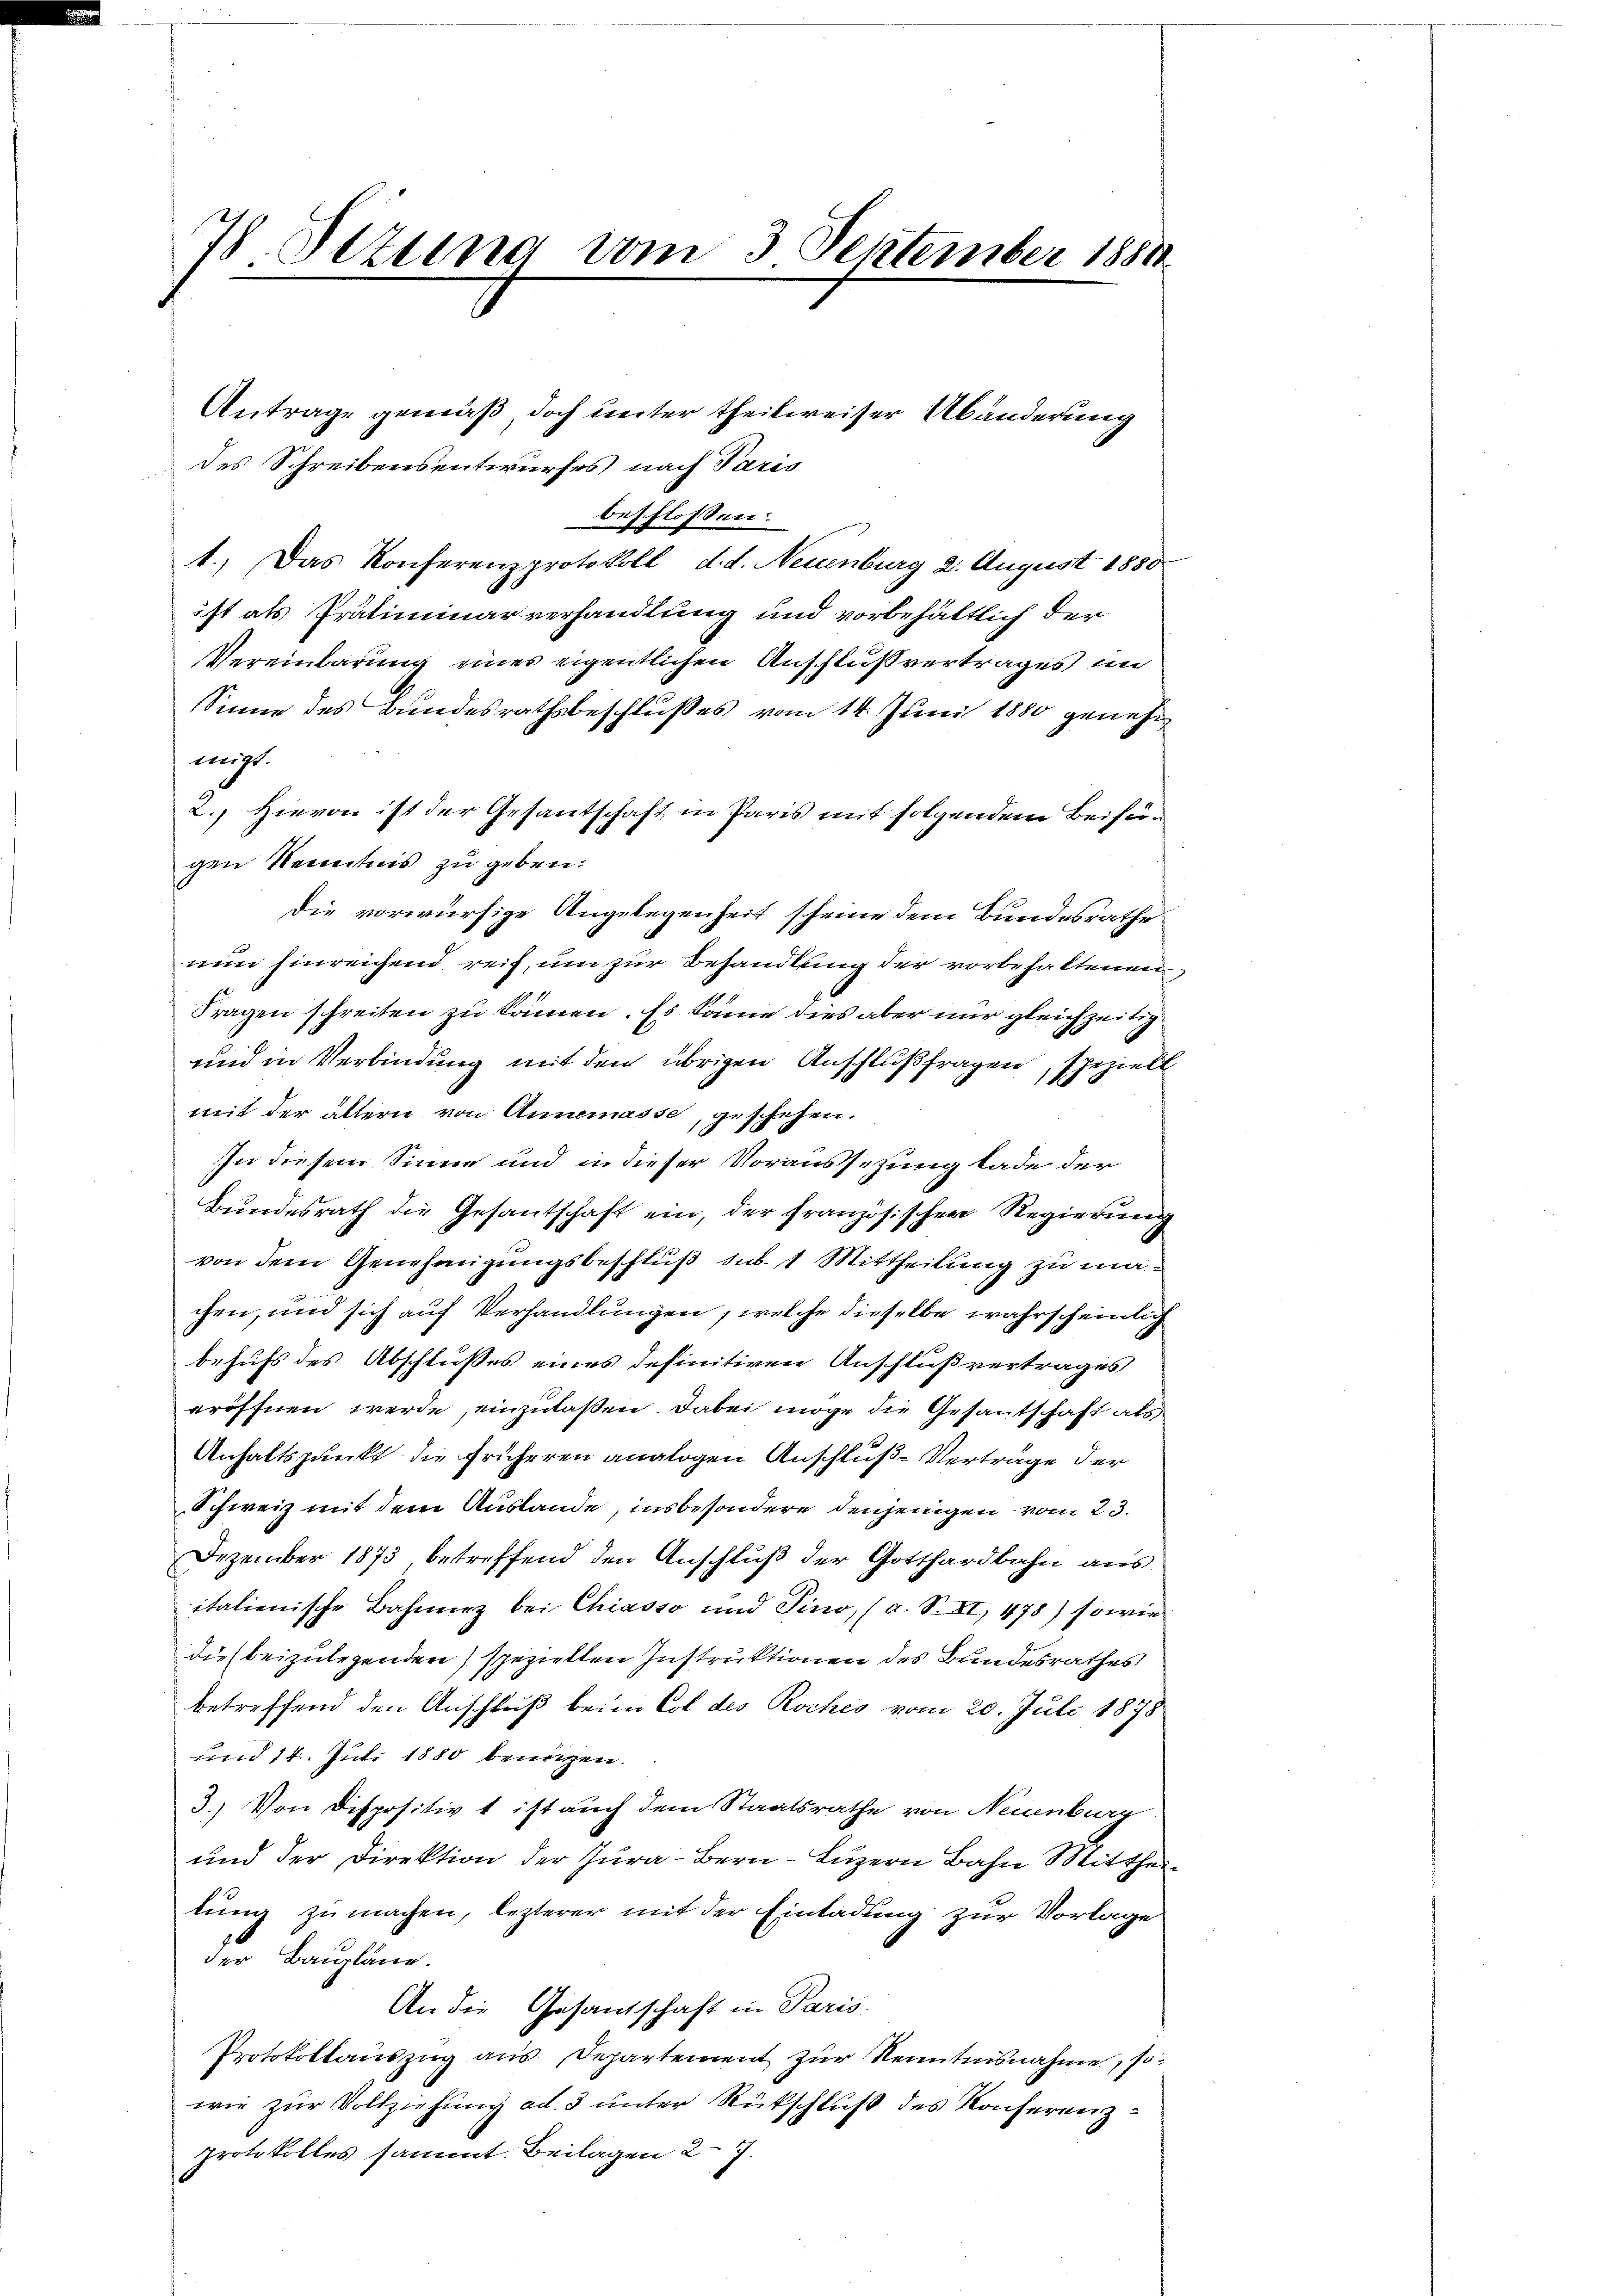
78. Sizung vom 3 September 1884

Antrage gemäß doch unter theilweiser Abänderung
des Schreibensentwurfes nach Paris
beschlossen:
1.) Das Konferenzprotokoll, d. d. Neuenburg 2. August 1850
ist als Präliminarverhandlung und vorbehältlich der
Vereinbarung eines eigentlichen Anschlußvertrages in
Sinne des Bundesrathsbeschlußes vom 14. Juni 1880 genehm
migt.
2. Hievon ist der Gesantschaft in Paris mit folgendem Beifügen Kenntnis zu geben.
die vorwürfige Angelegenheit scheine dem Bundesrathe
nun hinreichend reif, um zur Behandlung der vorbehaltenen
Fragen schreiten zu kämmen. Es könne dies aber nur gleichzeitig
und in Verbindung mit dem übrigen Anschlußfragen, spezielt
mit der ältern von Annemasse, geschehen.
In diesem Sinne und in dieser Voraussezung lade der
Bundesrath die Gesantschaft ein, der französischen Regierung
von dem Genehmigungsbeschluß, sub. 1 Mittheilung zu machen, und sich auf Verhandlungen, welche dieselbe wahrscheinlich
behufs des Abschlußes eines definitiven Anschlußvertrages
eröffnen werde, einzulaßen. Dabei möge die Gesantschaft als
Anhaltspunkt die früheren analogen Anschluß-Verträge der
Schweiz mit dem Auslande, insbesondere denjenigen vom 23.
Dezember 1873, betreffend den Anschluß der Gotthardbahn aus
italienische Bahnez bei Chiasso und Pino, (a. S. XI, 478) sowie
die beizulegenden) speziellen Instruktionen des Bundesrathes
betreffend den Anschluß beim Col des Roches vom 20. Juli 1878
und 14. Juli 1880 benuzen.
3.) Von Dispositiv t ist auch dem Staatsrathe von Neuenburg
und der Direktion der Jura-Bern Luzern Bahn Mitthe
lung zu machen, lezterer mit der Einladung zur Vorlage
der Baupläne.
An die Gesandschaft in Paris-
Protokollauszug aus Departement zur Kenntnisnahme, sowie zur Vollziehung ad. 3 unter Rückschluß des Konferenzprotokolles sammt. Beilagen 27.